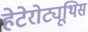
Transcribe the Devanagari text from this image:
हेटेरोट्यूथिस